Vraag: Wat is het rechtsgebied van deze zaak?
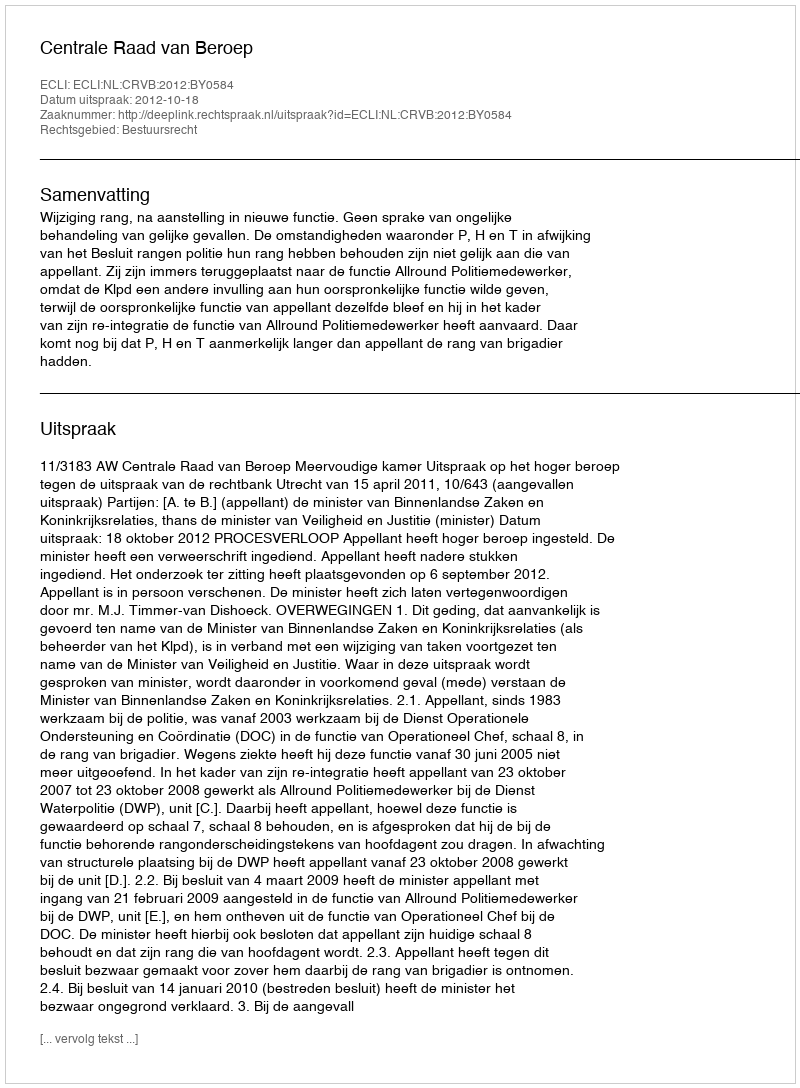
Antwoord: Bestuursrecht